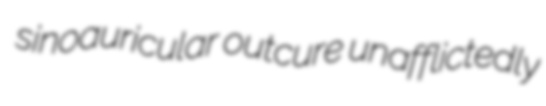
sinoauricular outcure unafflictedly